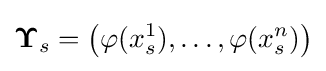
{\boldsymbol {\Upsilon }}_{s}=\left(\varphi (x_{s}^{1}),\dots ,\varphi (x_{s}^{n})\right)